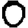
Digit: 0